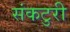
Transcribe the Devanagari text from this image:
संकटुरी